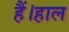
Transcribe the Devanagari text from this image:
हैं।हाल